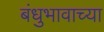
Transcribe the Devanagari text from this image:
बंधुभावाच्या